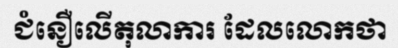
ជំនឿលើតុលាការ ដែលលោកថា